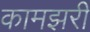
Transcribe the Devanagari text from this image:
कामझरी